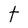
Character: t